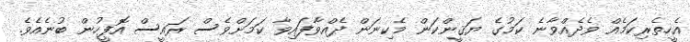
އެހީތެރިކަމެއް ވެދެއްވާނެ ކަމުގެ ޔަޤީންކަން މެކިނަން ދެއްވާފައިވާ ކަމަށްވެސް ރައީސް އޮފީހުން ބުނެއެވެ.